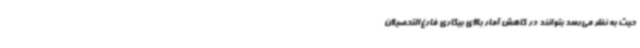
حیث به نظر می‌رسد بتوانند در کاهش آمار بالای بیکاری فارغ‌التحصیلان